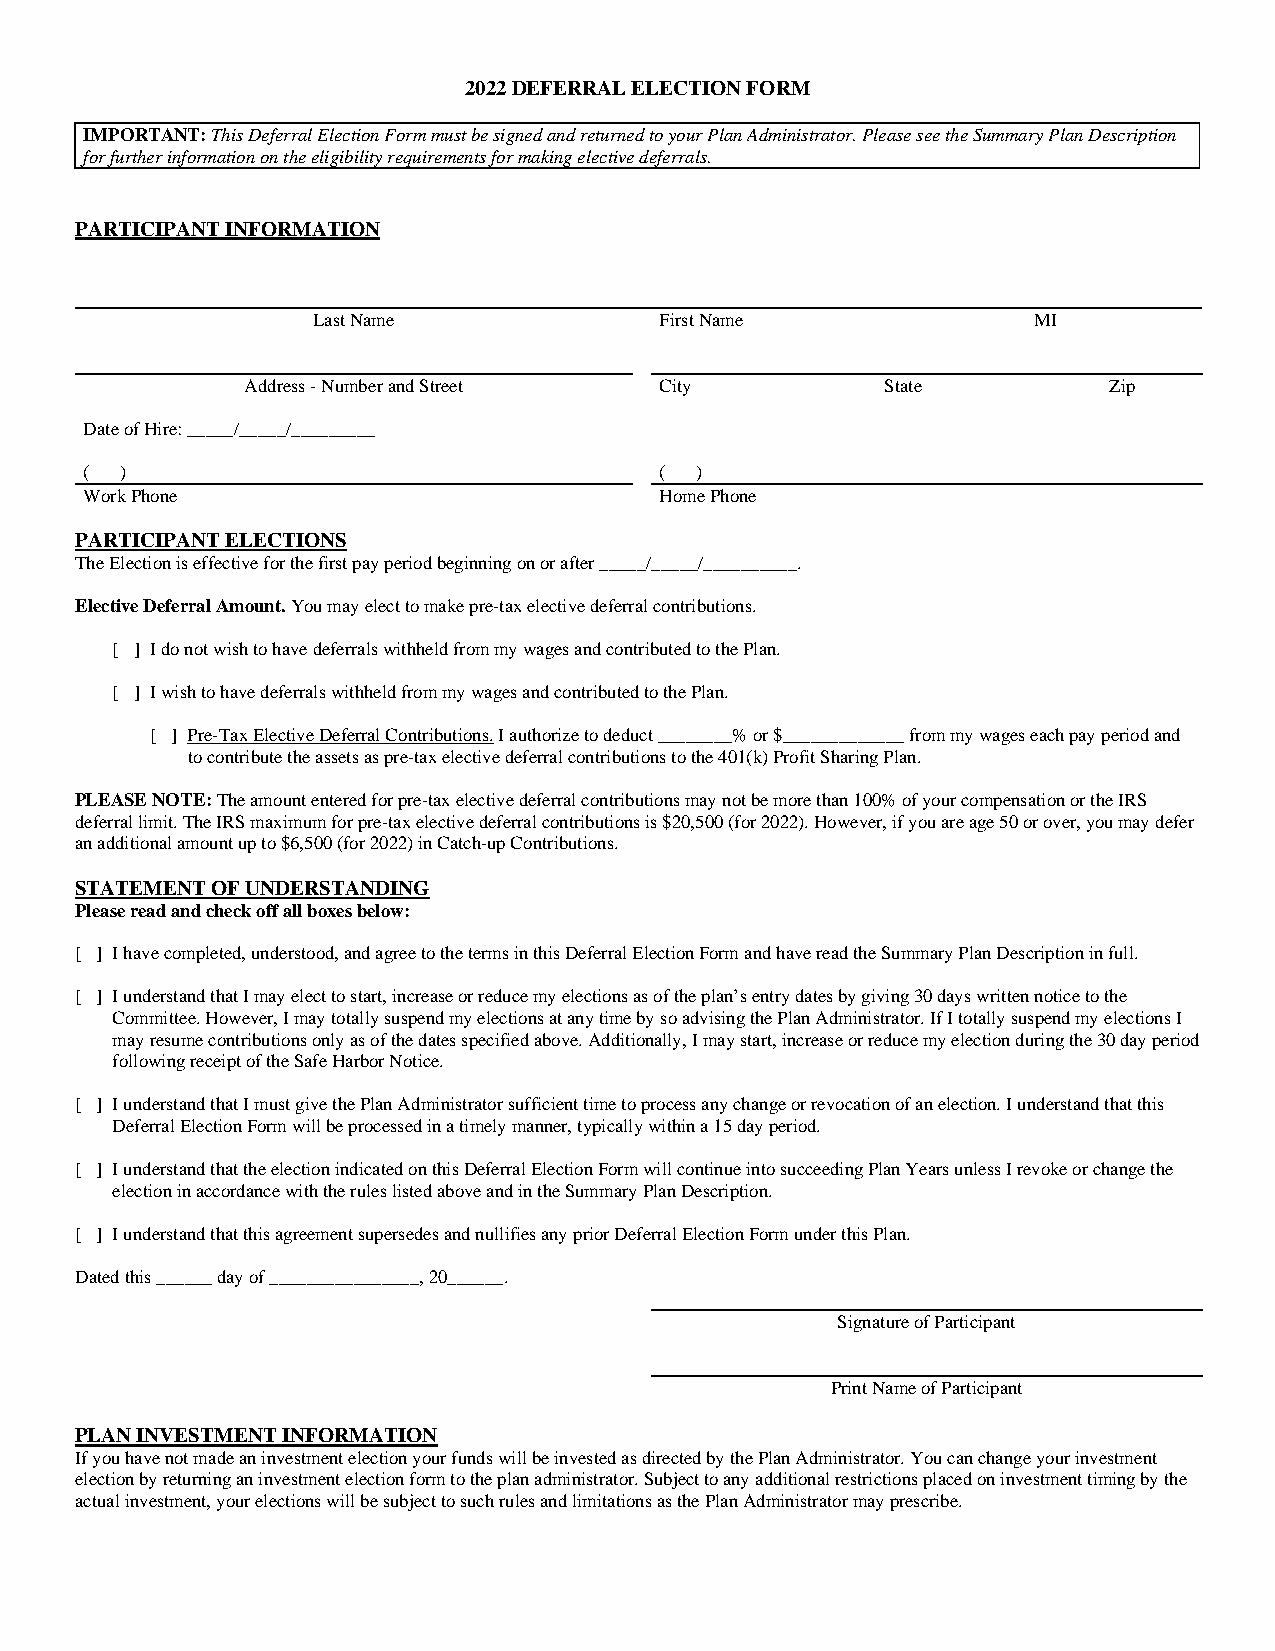
2022 DEFERRAL ELECTION FORM
 IMPORTANT: This Deferral Election Form must be signed and returned to your Plan Administrator. Please see the Summary Plan Description
 for further information on the eligibility requirements for making elective deferrals.
 PARTICIPANT INFORMATION
 Last Name              First Name              MI
 Address - Number and Street City           State         Zip
 Date of Hire: _____/_____/_________
 ( )                                   ( )
 Work Phone                            Home Phone
 PARTICIPANT ELECTIONS
 The Election is effective for the first pay period beginning on or after _____/_____/__________.
 Elective Deferral Amount. You may elect to make pre-tax elective deferral contributions.
 [ ] I do not wish to have deferrals withheld from my wages and contributed to the Plan.
 [ ] I wish to have deferrals withheld from my wages and contributed to the Plan.
 [ ] Pre-Tax Elective Deferral Contributions. I authorize to deduct ________% or $_____________ from my wages each pay period and
 to contribute the assets as pre-tax elective deferral contributions to the 401(k) Profit Sharing Plan.
 PLEASE NOTE: The amount entered for pre-tax elective deferral contributions may not be more than 100% of your compensation or the IRS
 deferral limit. The IRS maximum for pre-tax elective deferral contributions is $20,500 (for 2022). However, if you are age 50 or over, you may defer
 an additional amount up to $6,500 (for 2022) in Catch-up Contributions.
 STATEMENT OF UNDERSTANDING
 Please read and check off all boxes below:
 [ ] I have completed, understood, and agree to the terms in this Deferral Election Form and have read the Summary Plan Description in full.
 [ ] I understand that I may elect to start, increase or reduce my elections as of the plan’s entry dates by giving 30 days written notice to the
 Committee. However, I may totally suspend my elections at any time by so advising the Plan Administrator. If I totally suspend my elections I
 may resume contributions only as of the dates specified above. Additionally, I may start, increase or reduce my election during the 30 day period
 following receipt of the Safe Harbor Notice.
 [ ] I understand that I must give the Plan Administrator sufficient time to process any change or revocation of an election. I understand that this
 Deferral Election Form will be processed in a timely manner, typically within a 15 day period.
 [ ] I understand that the election indicated on this Deferral Election Form will continue into succeeding Plan Years unless I revoke or change the
 election in accordance with the rules listed above and in the Summary Plan Description.
 [ ] I understand that this agreement supersedes and nullifies any prior Deferral Election Form under this Plan.
 Dated this ______ day of ________________, 20______.
 Signature of Participant
 Print Name of Participant
 PLAN INVESTMENT INFORMATION
 If you have not made an investment election your funds will be invested as directed by the Plan Administrator. You can change your investment
 election by returning an investment election form to the plan administrator. Subject to any additional restrictions placed on investment timing by the
 actual investment, your elections will be subject to such rules and limitations as the Plan Administrator may prescribe.